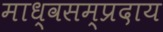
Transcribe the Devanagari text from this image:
माध्वसम्प्रदाय